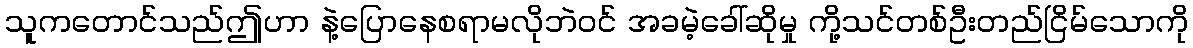
သူကတောင်သည်ဤဟာ နဲ့ပြောနေစရာမလိုဘဲဝင် အခမဲ့ခေါ်ဆိုမှု ကို့သင်တစ်ဦးတည်ငြိမ်သောကို